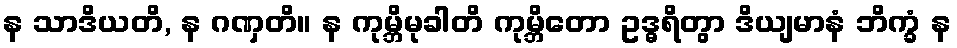
န သာဒိယတိ, န ဂဏှတိ။ န ကုမ္ဘိမုခါတိ ကုမ္ဘိတော ဥဒ္ဓရိတွာ ဒိယျမာနံ ဘိက္ခံ န